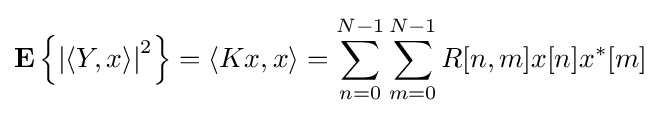
\mathbf {E} \left\{\left|\langle Y,x\rangle \right|^{2}\right\}=\langle Kx,x\rangle =\sum _{n=0}^{N-1}\sum _{m=0}^{N-1}R[n,m]x[n]x^{*}[m]